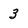
Character: 3